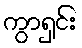
ကွာရှင်း